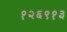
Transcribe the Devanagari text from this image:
१२६९१३